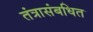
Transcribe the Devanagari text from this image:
तंत्रासंबधित